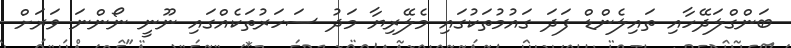
ބަންގްލަދޭހާއި ތައިލެންޑް ފަދަ ގައުމުތަކުގައި މެލޭރިޔާ މަދު ސަހަރުތަކެއްގައި ނޫނީ ނޯންނަ ވަރަށް